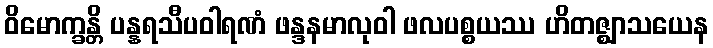
ဝိမောက္ခန္တိ ပန္နရသီပဝါရဏံ ဖန္ဒနမာလုဝါ ဖလပစ္စယဿ ဟိတဇ္ဈာသယေန